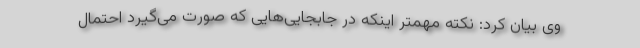
وی بیان کرد: نکته مهمتر اینکه در جابجایی‌هایی که صورت می‌گیرد احتمال